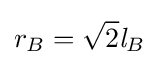
r_{B}={\sqrt {2}}{\mathit {l}}_{B}